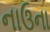
નાઉના